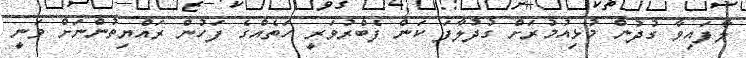
ލާފައިވާ ގުދުން މުޅިއުމުރަށް ގުދުލާފަ ކަން ފެބްރުވަރީ ހަތެއްގެ ފަހުން ރައްޔިތުންނަށް ވަނީ